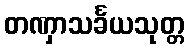
တဏှာသင်္ခယသုတ္တ